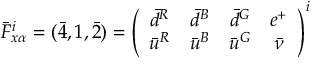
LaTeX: { \bar { F } } _ { x \alpha } ^ { i } = ( \bar { 4 } , 1 , \bar { 2 } ) = \left( \begin{array} { c c c c } { { \bar { d } ^ { R } } } & { { \bar { d } ^ { B } } } & { { \bar { d } ^ { G } } } & { { e ^ { + } } } \\ { { \bar { u } ^ { R } } } & { { \bar { u } ^ { B } } } & { { \bar { u } ^ { G } } } & { { \bar { \nu } } } \end{array} \right) ^ { i }